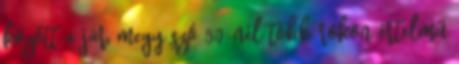
között a jár, megy szó 50-nél több rokon értelmű